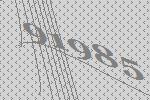
91985